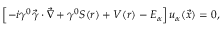
\left[ - i \gamma ^ { 0 } \vec { \gamma } \cdot \vec { \nabla } + \gamma ^ { 0 } S ( r ) + V ( r ) - { \cal E } _ { \alpha } \right] u _ { \alpha } ( \vec { x } ) = 0 ,